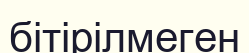
бітірілмеген